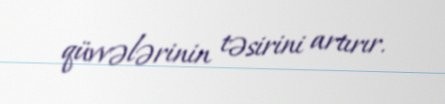
qüvvələrinin təsirini artırır.